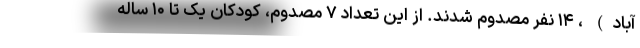
آباد) ، ۱۴ نفر مصدوم شدند. از این تعداد ۷ مصدوم، کودکان یک تا ۱۰ ساله